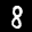
Label: 8